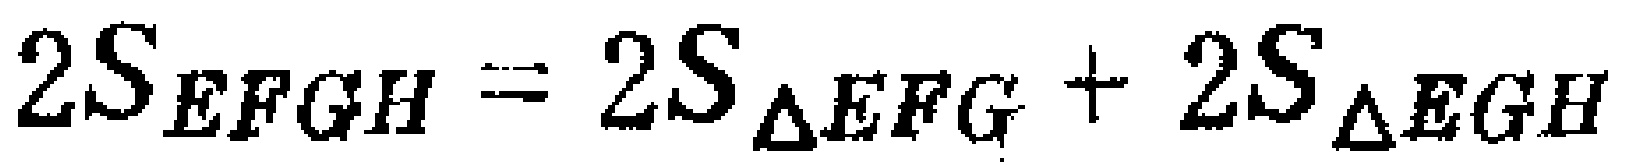
$2S_{EFGH}=2S_{\triangle EFG}+2S_{\triangle EGH}$